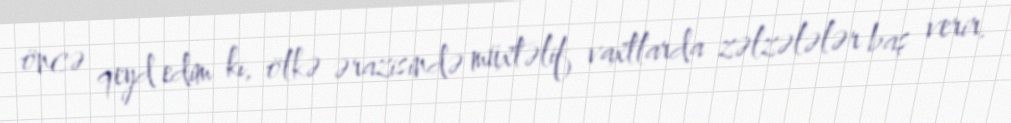
öncə qeyd edim ki, ölkə ərazisində müxtəlif vaxtlarda zəlzələlər baş verir.